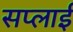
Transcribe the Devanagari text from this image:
सप्‍लाई